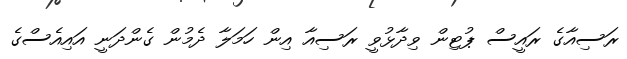
ރަސިއާގެ ރައީސް ޕުޓިން ވިދާޅުވީ ރަސިއާ އިން ހަމަލާ ދެމުން ގެންދަނީ އައިއެސްގެ